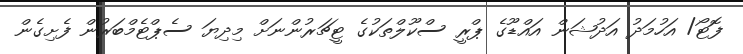
ފޮޓޯ/ އަހުމަދު އަދުޝަން އައްޑޫގެ ޕްރީ ސްކޫލްތަކުގެ ޓީޗަރުންނަށް މިދިޔަ ސެޕްޓެމްބަރުން ފެށިގެން